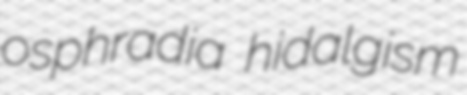
osphradia hidalgism